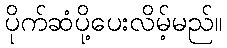
ပိုက်ဆံပို့ပေးလိမ့်မည်။